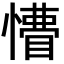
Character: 𢢺